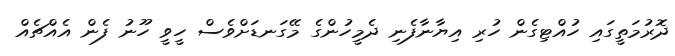
ދޮރުމަތީގައި ހުއްޓިގެން ހުރި އިޔާނާފެނި ދެމީހުންގެ މޭގަނޑަށްވެސް ހީވީ ހޫނު ފެން އެއްޗެއް